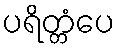
ပရိတ္တံပေ